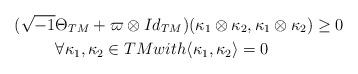
LaTeX: \begin{align*}(\sqrt{-1}&\Theta_{TM}+\varpi \otimes Id_{TM})(\kappa_1 \otimes \kappa_2,\kappa_1\otimes \kappa_2)\ge 0 \\&\forall \kappa_1,\kappa_2 \in TM with \langle \kappa_1,\kappa_2\rangle=0\end{align*}